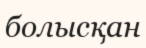
болысқан